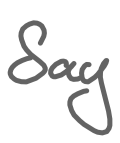
Text: Say
Cross-out: clean
Writing tool: digital_gray